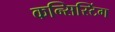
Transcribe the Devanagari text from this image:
कन्सिस्टिंग